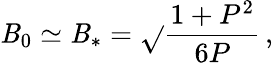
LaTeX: \mathit{B}_{0}\simeq\mathit{B}_{*}=\sqrt{}{{\frac{{1+P^{2}}}{{6P}}}}\, ,